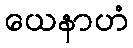
ယေနာဟံ